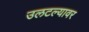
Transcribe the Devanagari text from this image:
उलटल्यावर